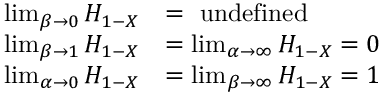
{ \begin{array} { r l } { \operatorname* { l i m } _ { \beta \to 0 } H _ { 1 - X } } & { = { \mathrm { ~ u n d e f i n e d ~ } } } \\ { \operatorname* { l i m } _ { \beta \to 1 } H _ { 1 - X } } & { = \operatorname* { l i m } _ { \alpha \to \infty } H _ { 1 - X } = 0 } \\ { \operatorname* { l i m } _ { \alpha \to 0 } H _ { 1 - X } } & { = \operatorname* { l i m } _ { \beta \to \infty } H _ { 1 - X } = 1 } \end{array} }